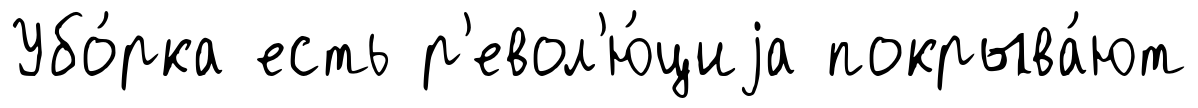
Убо́рка есть р'евол'ю́циjа покрыва́ют